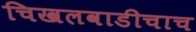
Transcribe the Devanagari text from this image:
चिखलवाडीचाच